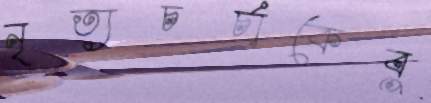
নৃত্যচর্চাকেবু